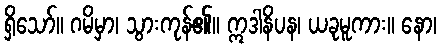
ရှိသော်။ ဂမိမှာ၊ သွားကုန်၏။ ဣဒါနိပန၊ ယခုမူကား။ နော၊